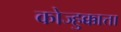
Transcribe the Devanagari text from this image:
कोज्हुक्कात्ता